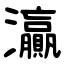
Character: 灜